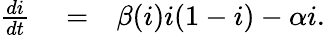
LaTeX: \begin{array}{rlr}{\frac{di}{dt}}&{{}=}&{\beta(i)i(1-i)-\alpha i.}\end{array}